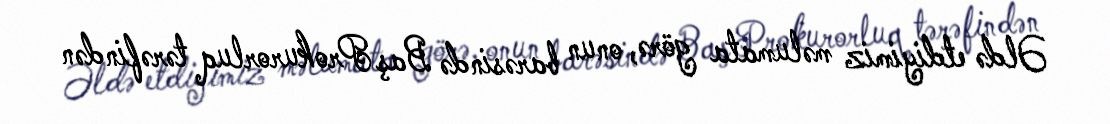
Əldə etdiyimiz məlumata görə, onun barəsində Baş Prokurorluq tərəfindən